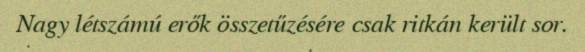
Nagy létszámú erők összetűzésére csak ritkán került sor.